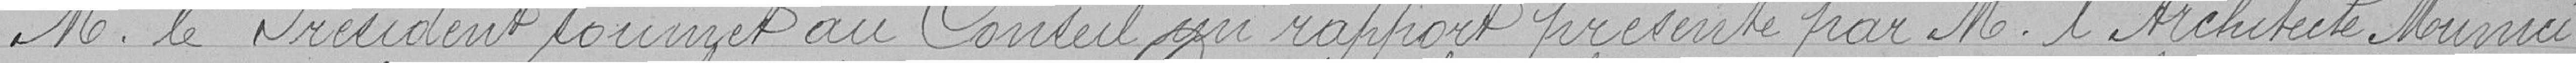
M. le Président ... au Conseil un rapport présenté par M. l'Architecte Munici-